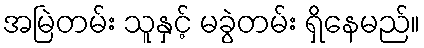
အမြဲတမ်း သူနှင့် မခွဲတမ်း ရှိနေမည်။